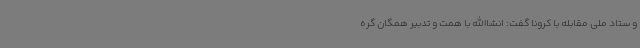
و ستاد ملی مقابله با کرونا گفت: انشاالله با همت و تدبیر همگان گره